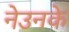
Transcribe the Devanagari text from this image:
नेउनके